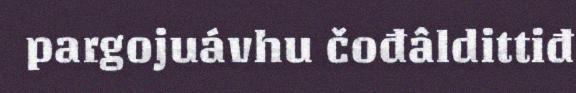
pargojuávhu čođâldittiđ